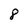
Character: 8